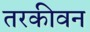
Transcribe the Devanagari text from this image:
तरकीवन